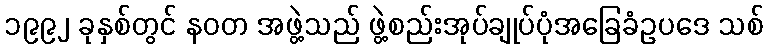
၁၉၉၂ ခုနှစ်တွင် နဝတ အဖွဲ့သည် ဖွဲ့စည်းအုပ်ချုပ်ပုံအခြေခံဥပဒေ သစ်